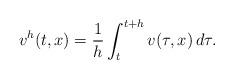
LaTeX: \begin{align*}v^{h}(t,x)=\frac1h\int_{t}^{t+h}v(\tau,x)\,d\tau.\end{align*}